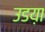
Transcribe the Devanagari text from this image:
उडय़ा